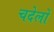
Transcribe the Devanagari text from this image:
चदेलों